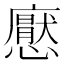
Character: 𢣽